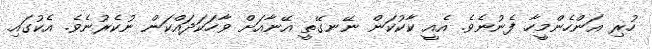
ހުރި އަންހެންމީހާ ފެނުނެވެ. އެއީ ކާކުކަން ނޭނގޭތީ އޭނާއަށް ވާހަކަދައްކަން ނުކެރުނެވެ. އެކުގައި